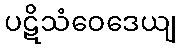
ပဋိသံဝေဒေယျ